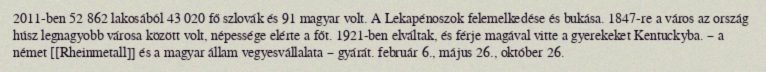
2011-ben 52 862 lakosából 43 020 fő szlovák és 91 magyar volt. A Lekapénoszok felemelkedése és bukása. 1847-re a város az ország húsz legnagyobb városa között volt, népessége elérte a főt. 1921-ben elváltak, és férje magával vitte a gyerekeket Kentuckyba. – a német [[Rheinmetall]] és a magyar állam vegyesvállalata – gyárát. február 6., május 26., október 26.